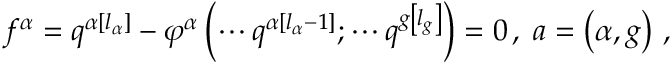
f ^ { \alpha } = q ^ { \alpha \left[ l _ { \alpha } \right] } - \varphi ^ { \alpha } \left( \cdots q ^ { \alpha \left[ l _ { \alpha } - 1 \right] } ; \cdots q ^ { g \left[ l _ { g } \right] } \right) = 0 \, , \; a = \left( \alpha , g \right) \, ,